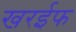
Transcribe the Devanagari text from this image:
खरईफ